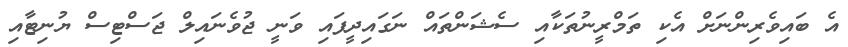
އެ ބައިވެރިންނަށް އެކި ތަމްރީނުތަކާއި ސެޝަންތައް ނަގައިދީފައި ވަނީ ޖުވެނައިލް ޖަސްޓިސް ޔުނިޓާއި